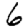
Digit: 6